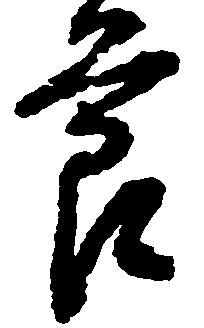
節